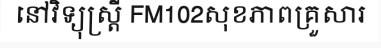
នៅវិទ្យុស្ត្រី FM102សុខភាពគ្រួសារ